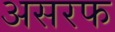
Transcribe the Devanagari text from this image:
असरफ